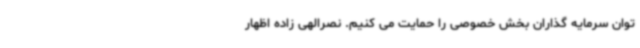
توان سرمایه گذاران بخش خصوصی را حمایت می کنیم. نصرالهی زاده اظهار